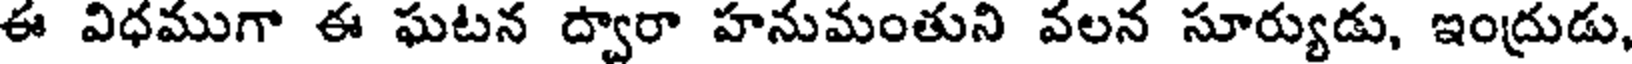
ఈ విధముగా ఈ ఘటన ద్వారా హనుమంతుని వలన సూర్యుడు, ఇంద్రుడు,